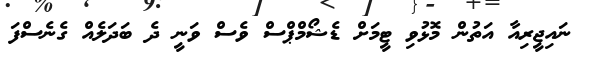
ނައިޖީރިއާ އަތުން މޮޅުވި ޓީމަށް ޑެޝޯމްޕްސް ވެސް ވަނީ ދެ ބަދަލެއް ގެނެސްފަ